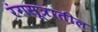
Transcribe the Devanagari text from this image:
रंगसूत्रातील